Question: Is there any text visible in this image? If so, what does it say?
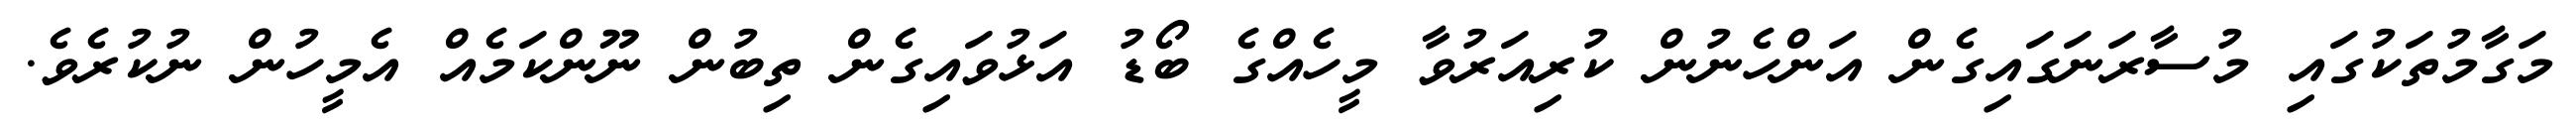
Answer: މަގާމުތަކުގައި މުސާރަނަގައިގެން އަންހެނުން ކުރިއަރުވާ މީހެއްގެ ބޯޑު އަޅުވައިގެން ތިބުން ނޫންކަމެއް އެމީހުން ނުކުރެވެ.